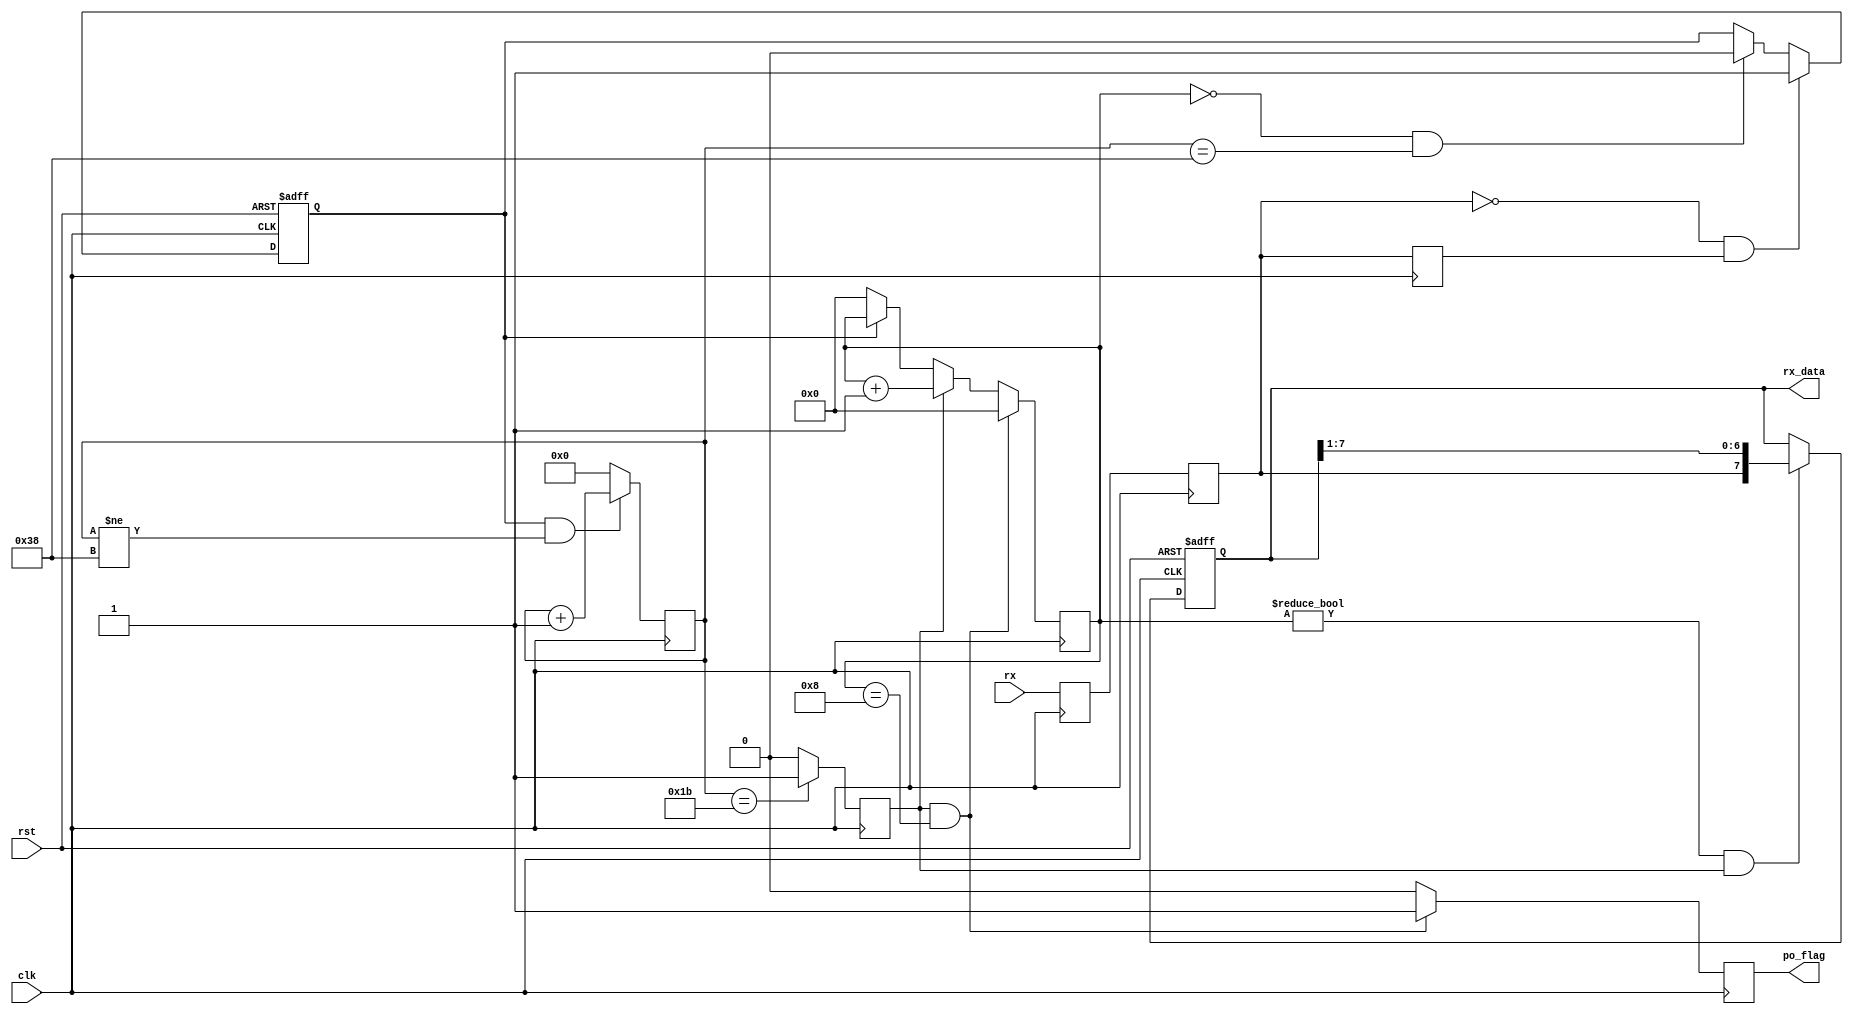
`define SIM

module uart_rx(
	input					clk,
	input					rst,
	input					rx,
	output	reg	[7:0]		rx_data,
	output	reg				po_flag
);

// Parameter and Internal Signals
localparam	FPGA_FREQ	=	50_000_000;
localparam	BAUD_RATE	=	9600;
localparam	BIT_END		=	8;

`ifndef SIM
localparam	BAUD_END	=	(1/BAUD_RATE)*FPGA_FREQ;
`else
localparam	BAUD_END	=	56;
`endif

localparam	BAUD_MID	=	BAUD_END/2 - 1;

reg					rx1;
reg					rx2;
reg					rx3;
reg					rx_flag;
reg	[12:0]			baud_cnt;
reg					bit_flag;
reg	[3:0]			bit_cnt;

wire				rx_neg;

// Main code
assign	rx_neg	=		~rx2 & rx3;

always @(posedge clk) begin
	rx1		<=		rx;
	rx2		<=		rx1;
	rx3		<=		rx2;
end

always @(posedge clk or negedge rst) begin	// 
	if (rst == 1'b0)
		rx_flag	<=	1'b0;
	else if (rx_neg == 1'b1)
		rx_flag	<=	1'b1;
	else if (bit_cnt == 'd0 && baud_cnt == BAUD_END)
		rx_flag	<=	1'b0;
end

always @(posedge clk) begin
	if (rx_flag == 1'b1 && baud_cnt != BAUD_END)
		baud_cnt <= baud_cnt + 'b1;
	else
		baud_cnt <= 'b0;
end

always @(posedge clk) begin
	if (baud_cnt == BAUD_MID)
		bit_flag <= 1'b1;
	else
		bit_flag <= 1'b0;
end

always @(posedge clk) begin
	if (rx_flag == 1'b0)
		bit_cnt <= 1'b0;
	if (bit_flag == 1'b1 && bit_cnt == BIT_END)
		bit_cnt <= 1'b0;
	else if (bit_flag == 1'b1)
		bit_cnt <= bit_cnt + 1'b1;
end

always @(posedge clk or negedge rst) begin
	if (rst == 1'b0)
		rx_data <= 'b0;
	else if (bit_cnt != 'b0 && bit_flag == 1'b1)
		rx_data <= {rx2, rx_data[7:1]};
end

always @(posedge clk) begin
	if (bit_cnt == BIT_END && bit_flag == 1'b1)
		po_flag <= 1'b1;
	else
		po_flag <= 1'b0;
end

endmodule